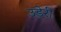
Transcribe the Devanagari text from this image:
उड़ेरी